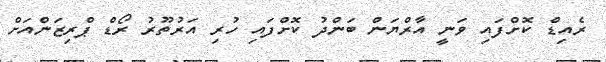
ރެއިޑް ކޮށްފައި ވަނީ އާރްޔަން ބަންދު ކޮށްފައި ހުރި އަރުތޫރު ރޯޑް ޕްރިޒަންއަށް